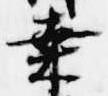
桑